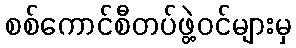
စစ်ကောင်စီတပ်ဖွဲ့ဝင်များမှ